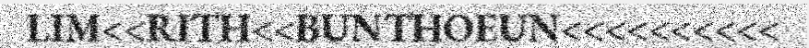
LIM<<RITH<<BUNTHOEUN<<<<<<<<<<